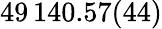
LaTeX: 49\, 140.57(44)